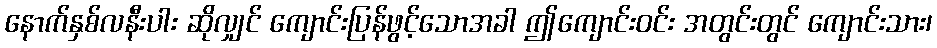
နောက်နှစ်လနီးပါး ဆိုလျှင် ကျောင်းပြန်ဖွင့်သောအခါ ဤကျောင်းဝင်း အတွင်းတွင် ကျောင်းသား၊